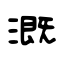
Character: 溉